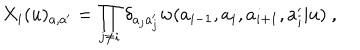
LaTeX: X _ { i } ( u ) _ { a , a ^ { \prime } } = \prod _ { j \not = i } \delta _ { a _ { j } a _ { j } ^ { \prime } } w ( a _ { i - 1 } , a _ { i } , a _ { i + 1 } , a _ { i } ^ { \prime } | u ) ~ ,